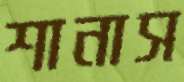
শানাস